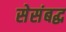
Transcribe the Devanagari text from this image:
सेसंबद्ध